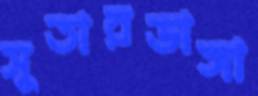
সুতারডাঙ্গা